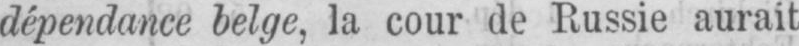
dépendance belge, la cour de Russie aurait